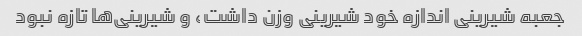
جعبه شیرینی اندازه خود شیرینی وزن داشت، و شیرینی‌ها تازه نبود